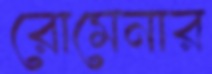
রোমেনার